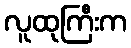
လူထုကြီးက